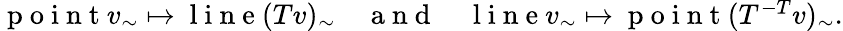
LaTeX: \begin{array}{r}{\mathrm{~p~o~i~n~t~}v_{\sim}\mapsto\mathrm{~l~i~n~e~}(Tv)_{\sim}\quad\mathrm{~a~n~d~}\quad\mathrm{~l~i~n~e~}v_{\sim}\mapsto\mathrm{~p~o~i~n~t~}(T^{-T}v)_{\sim}.}\end{array}